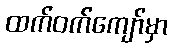
ထက်ဝက်ကျော်မှာ